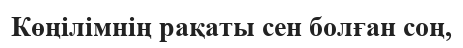
Көңілімнің рақаты сен болған соң,